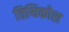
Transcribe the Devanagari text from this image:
तिथिकोश